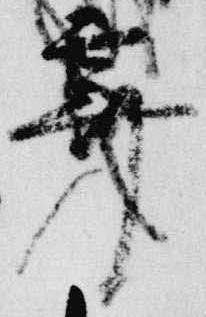
霽